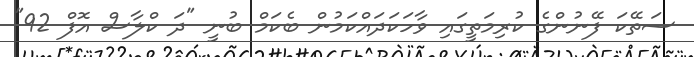
ސަތޭކަ ފޭނުންގެ ކުރިމަތީގައި ވާހަކަދައްކަމުން ބެކަމް ބުނީ "ދަ ކްލާސް އޮފް 92"